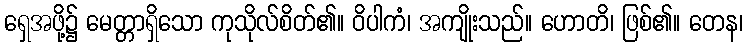
ရှေအဖို့၌ မေတ္တာရှိသော ကုသိုလ်စိတ်၏။ ဝိပါကံ၊ အကျိုးသည်။ ဟောတိ၊ ဖြစ်၏။ တေန၊